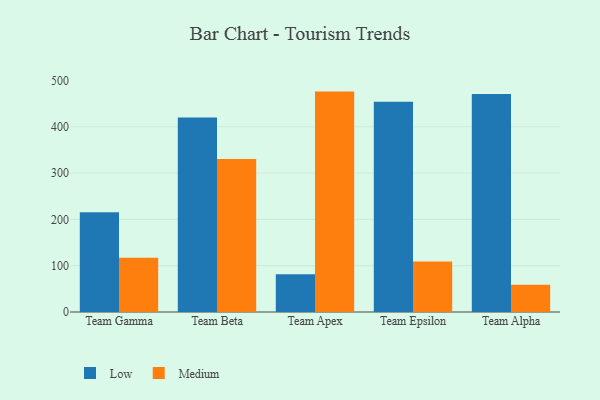
{"axis": {"x": "Team", "y": "Budget (USD K)"}, "legend": ["Low", "Medium"], "data": [{"x": "Team Gamma", "y": 215.2, "type": "Low"}, {"x": "Team Gamma", "y": 116.9, "type": "Medium"}, {"x": "Team Beta", "y": 420.1, "type": "Low"}, {"x": "Team Beta", "y": 330.7, "type": "Medium"}, {"x": "Team Apex", "y": 81.7, "type": "Low"}, {"x": "Team Apex", "y": 476.0, "type": "Medium"}, {"x": "Team Epsilon", "y": 453.9, "type": "Low"}, {"x": "Team Epsilon", "y": 108.8, "type": "Medium"}, {"x": "Team Alpha", "y": 470.9, "type": "Low"}, {"x": "Team Alpha", "y": 58.6, "type": "Medium"}]}